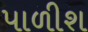
પાળીશ